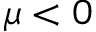
\mu < 0